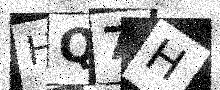
Text: HQ7H